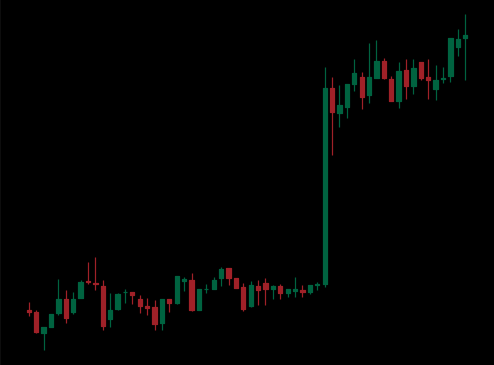
Pattern: unclassified